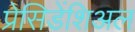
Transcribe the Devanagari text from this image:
प्रेसिडेंशिअल